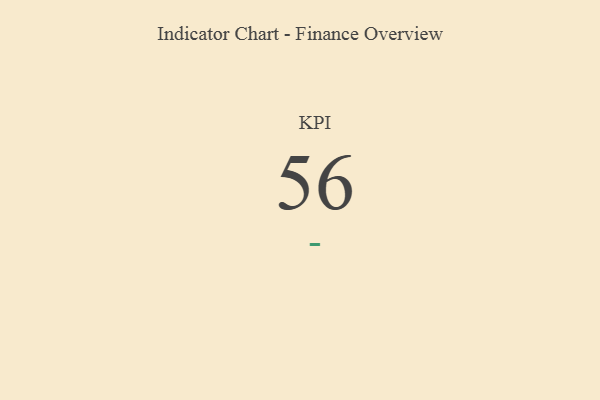
{"axis": {"x": "KPI", "y": "Value"}, "legend": [""], "data": [{"x": "KPI", "y": 56, "type": ""}]}